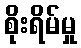
စိုးရိမ်မှု